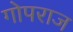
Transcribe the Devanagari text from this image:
गोपराज